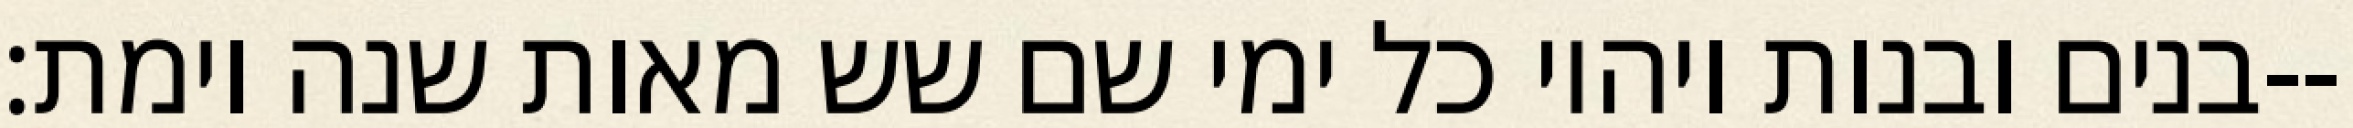
בנים ובנות ויהיו כל ימי שם שש מאות שנה וימת׃--